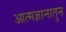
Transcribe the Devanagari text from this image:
आत्मज्ञानातुन